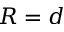
R = d